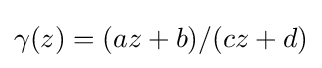
{\textstyle \gamma (z)=(az+b)/(cz+d)}